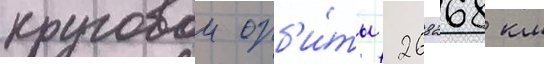
круговои орб'и́ты 268268 км